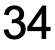
34